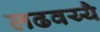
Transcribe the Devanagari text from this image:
लढवय्यै